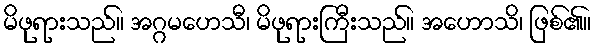
မိဖုရားသည်။ အဂ္ဂမဟေသီ၊ မိဖုရားကြီးသည်။ အဟောသိ၊ ဖြစ်၏။